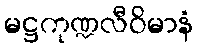
မဋ္ဌကုဏ္ဍလီဝိမာနံ